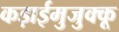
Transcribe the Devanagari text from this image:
कड़ाईमुजुक्कू